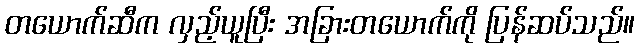
တယောက်ဆီက လှည့်ယူပြီး အခြားတယောက်ကို ပြန်ဆပ်သည်။